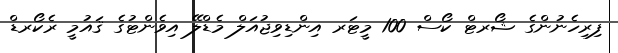
ފިރިހެނުންގެ ޝޯރޓް ކޯސް 100 މީޓަރ އިންޑިވިޖުއަލް މެޑްލޭ އިވެންޓުގެ ޤައުމީ ރެކޯރޑް